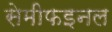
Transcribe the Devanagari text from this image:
सेमीफइनल